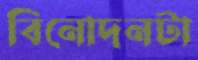
বিনোদনটা